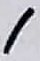
Text: 1